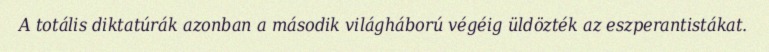
A totális diktatúrák azonban a második világháború végéig üldözték az eszperantistákat.